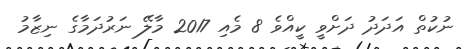
ނުކުތް އަދަދު ދަށްވީ ކީއްވެ 8 މެއި 2017 މާލޭ ނަރުދަމާގެ ނިޒާމު